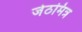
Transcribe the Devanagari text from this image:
जेठमित्र